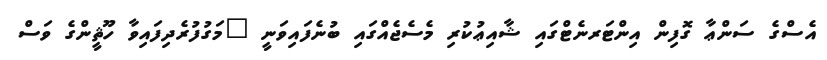
އެސްގެ ސަންޢާ ގޮފިން އިންޓަރނެޓްގައި ޝާއިޢުކުރި މެސެޖެއްގައި ބުނެފައިވަނީ "މަގުފުރެދިފައިވާ ހޫޘީންގެ ވަސް